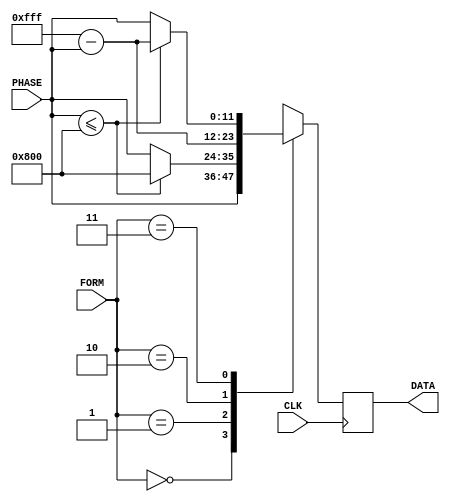
`timescale 1ns / 1ps

module sawtooth_wave(
    input CLK,
    input [11:0] PHASE,
    input [1:0] FORM,
    output reg [11:0] DATA
    );
    
    always @ (posedge CLK) begin
        case (FORM)
            2'b00: DATA <= PHASE;
            2'b01: DATA <= (PHASE <= 2048) ? 2048 : PHASE;
            2'b10: DATA <= 4095 - PHASE;
            2'b11: DATA <= (PHASE <= 2048) ? 4095 - PHASE : PHASE;
        endcase
    end   
endmodule